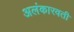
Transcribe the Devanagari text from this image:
अलंकारवती